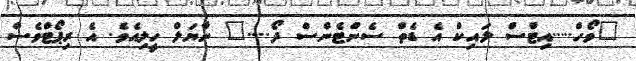
"ވޯހް.....އިޓްސް ލައިކް އެ ޑެތް ސެންޓެންސް ދޯ...." ނާޔަލް ހީލިއެވެ. އެ ރިޕޯޓްވެސް